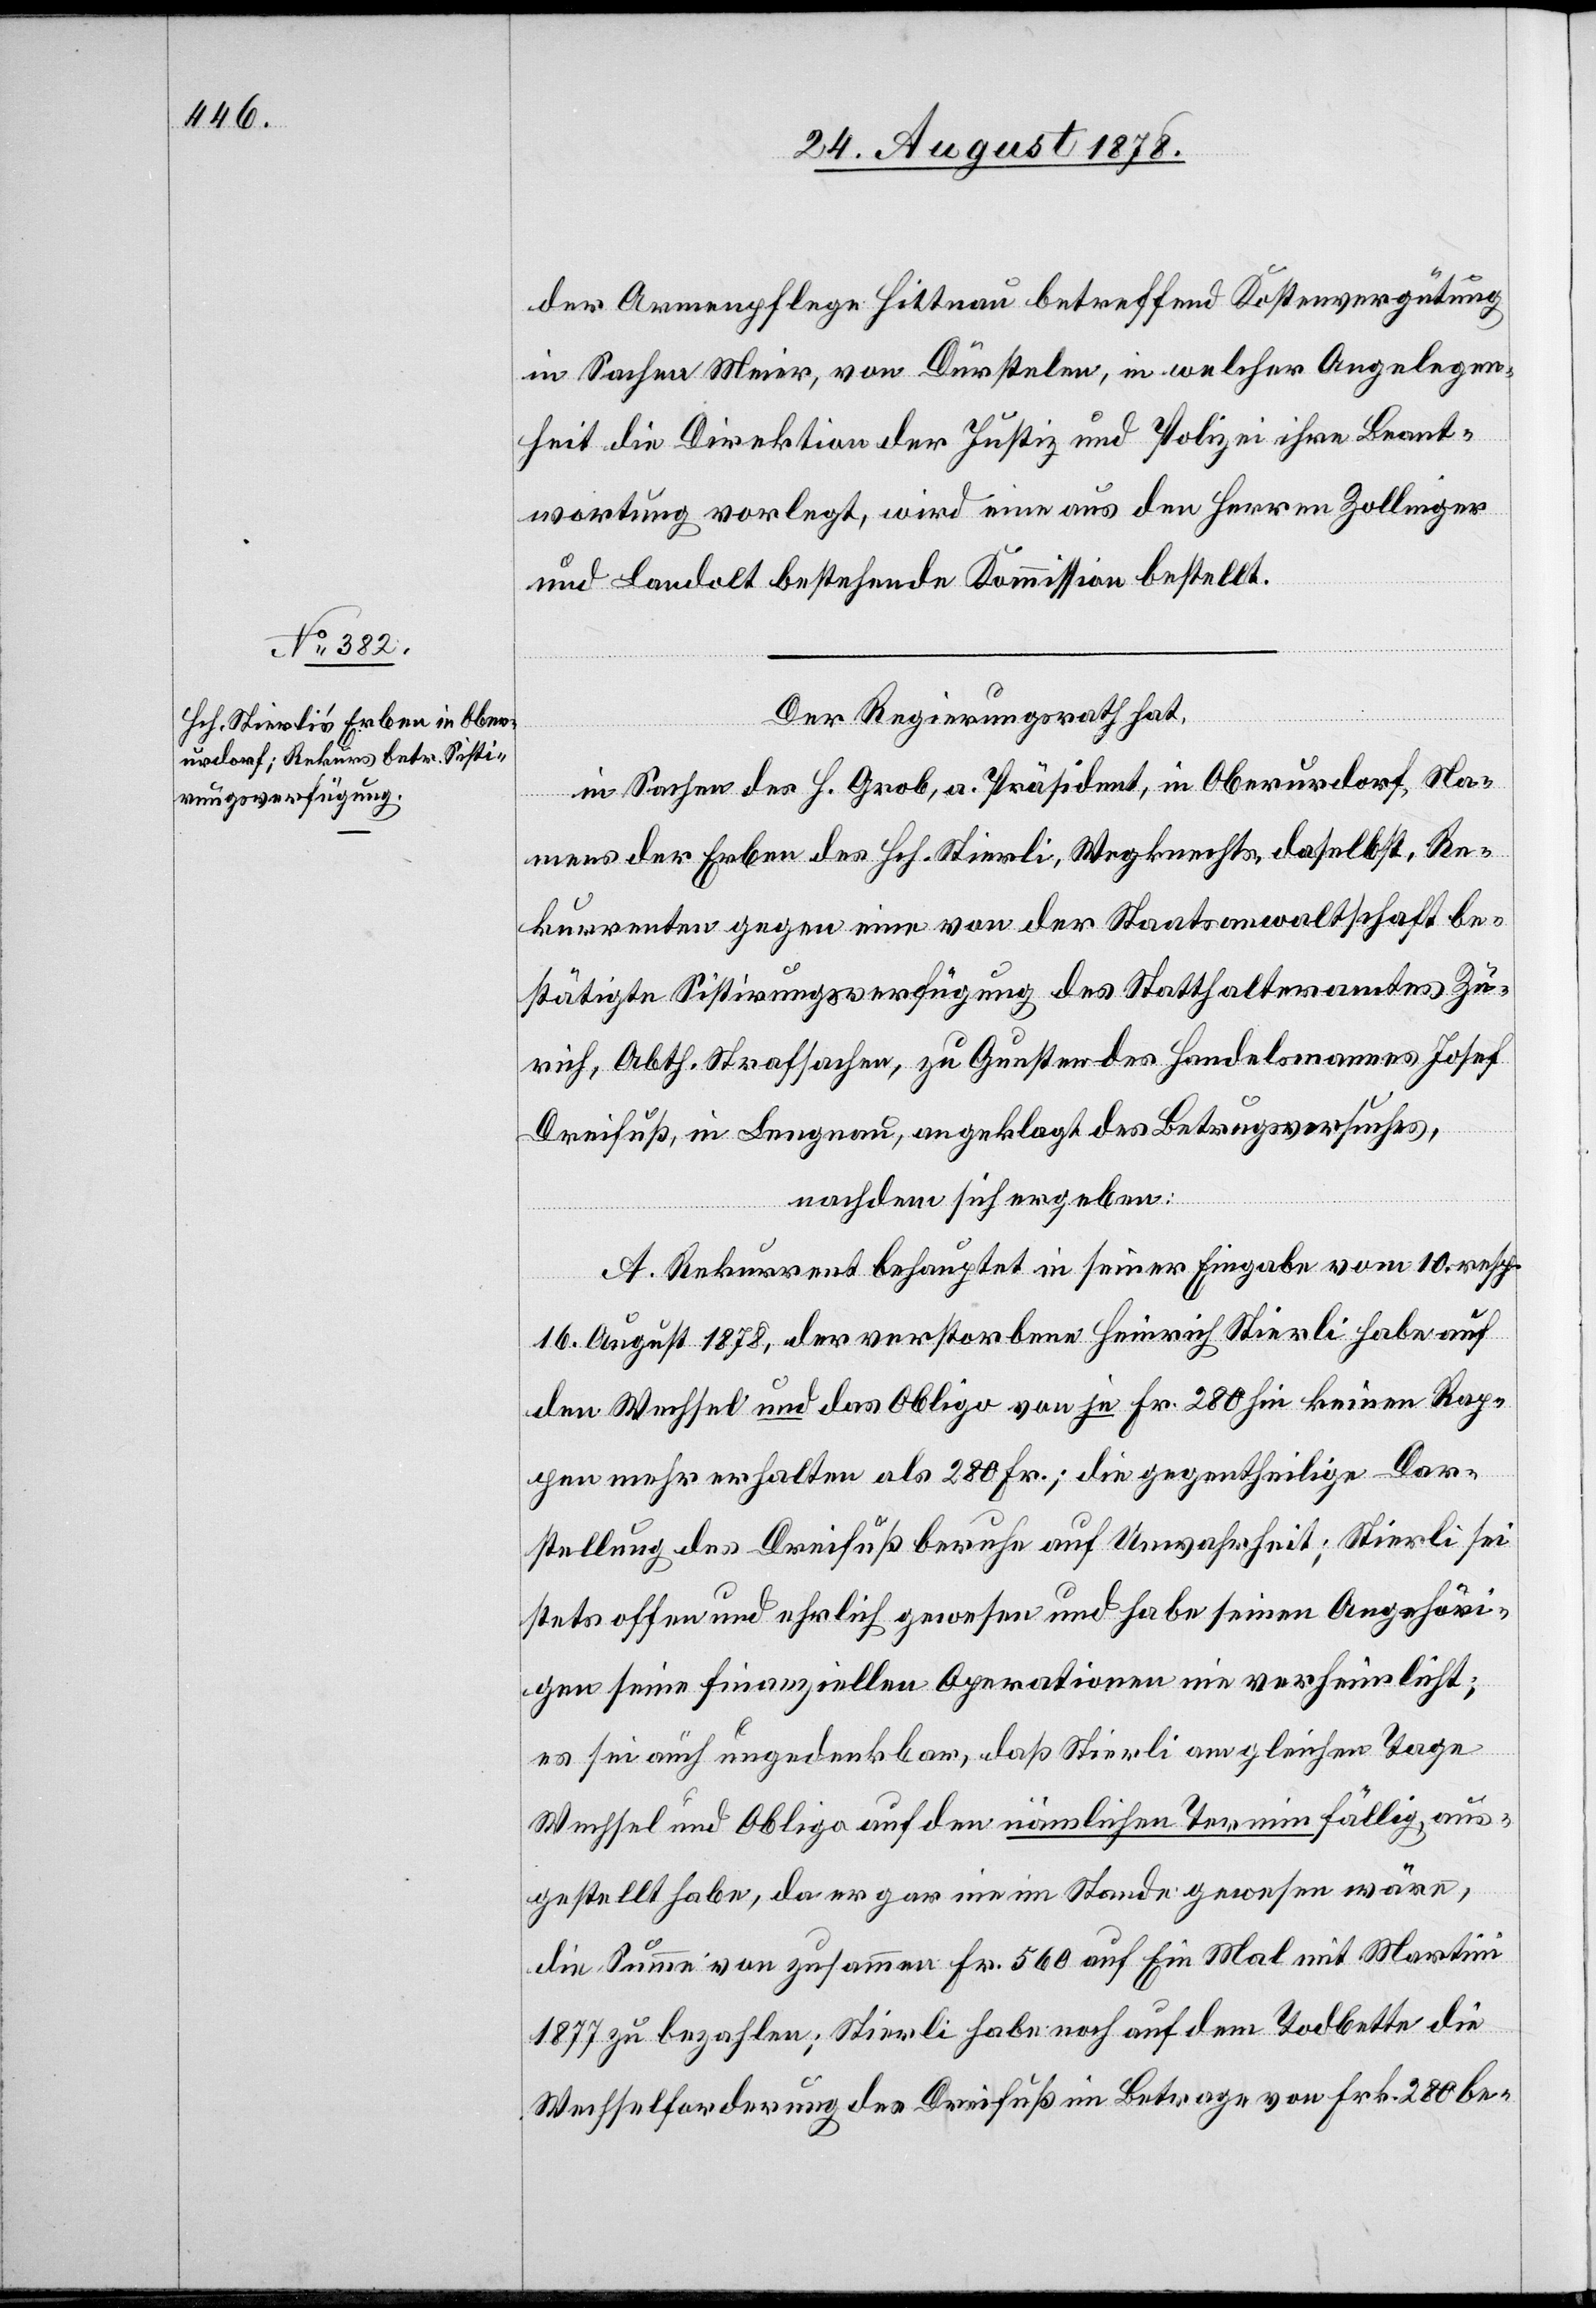
der Armenpflege Hittnau betreffend Kostenvergütung
in Sachen Meier, von Dürstelen, in welcher Angelegen¬
heit die Direktion der Justiz & Polizei ihre Beant¬
wortung vorlegt, wird eine aus den Herren Zollinger
und Landolt bestehende Kommission bestellt.
Der Regierungsrath hat,
in Sachen des H. Grob, a. Präsident, in Oberurdorf, Na¬
mens der Erben des Hch. Stierli, Wegknechts, daselbst, Re¬
kurrenten gegen eine von der Staatsanwaltschaft be¬
stätigte Sistirungsverfügung des Statthalteramtes Zü¬
rich, Abth. Strafsachen, zu Gunsten des Handelsmannes Josef
Dreifuß, in Lengnau, angeklagt des Betrugsversuches,
nachdem sich ergeben:
A. Rekurrent behauptet in seiner Eingabe vom 10. resp.
16. August 1878, der verstorbene Heinrich Stierli habe auf
den Wechsel und das Obligo von je Fr. 280 hin keinen Rap¬
pen mehr erhalten als 280 Fr.; die gegentheilige Dar¬
stellung des Dreifuß beruhe auf Unwahrheit; Stierli sei
stets offen und ehrlich gewesen und habe seinen Angehöri¬
gen seine finanziellen Operationen nie verheimlicht;
es sei auch ungedenkbar, daß Stierli am gleichen Tage
Wechsel und Obligo auf den nämlichen Termin fällig, aus¬
gestellt habe, da er gar nie im Stande gewesen wäre,
die Summe von zusammen Fr. 560 auf Ein Mal mit Martini
1877 zu bezahlen; Stierli habe noch auf dem Todbette die
Wechselforderung des Dreifuß im Betrage von Frk. 280 be-